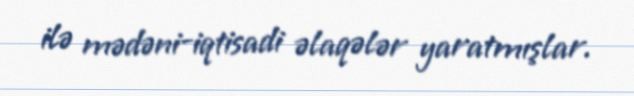
ilə mədəni-iqtisadi əlaqələr yaratmışlar.